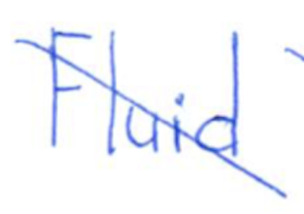
Text: Fluid
Cross-out: diagonal
Writing tool: ballpoint